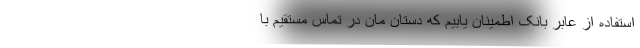
استفاده از عابر بانک اطمینان یابیم که دستان مان در تماس مستقیم با